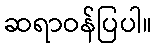
ဆရာဝန်ပြပါ။